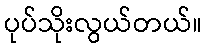
ပုပ်သိုးလွယ်တယ်။